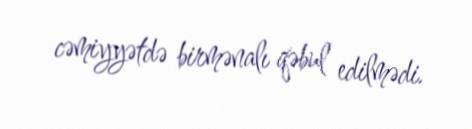
cəmiyyətdə birmənalı qəbul edilmədi.